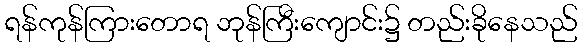
ရန်ကုန်ကြားတောရ ဘုန်ကြီးကျောင်း၌ တည်းခိုနေသည်